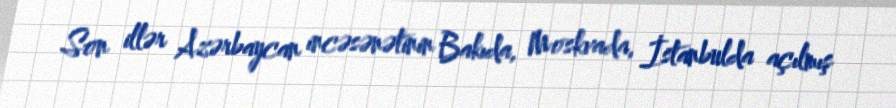
Son illər Azərbaycan incəsənətinin Bakıda, Moskvada, İstanbulda açılmış